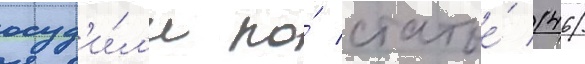
осуд'и́л'и по́ статье́ 146/